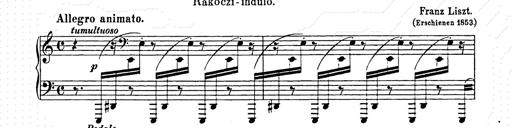
Title: Hungarian Rhapsody No.15
Composer: Franz Liszt
Key: A minor